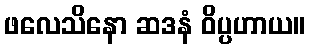
ဖလေသိနော ဆဒနံ ဝိပ္ပဟာယ။